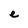
Character: e